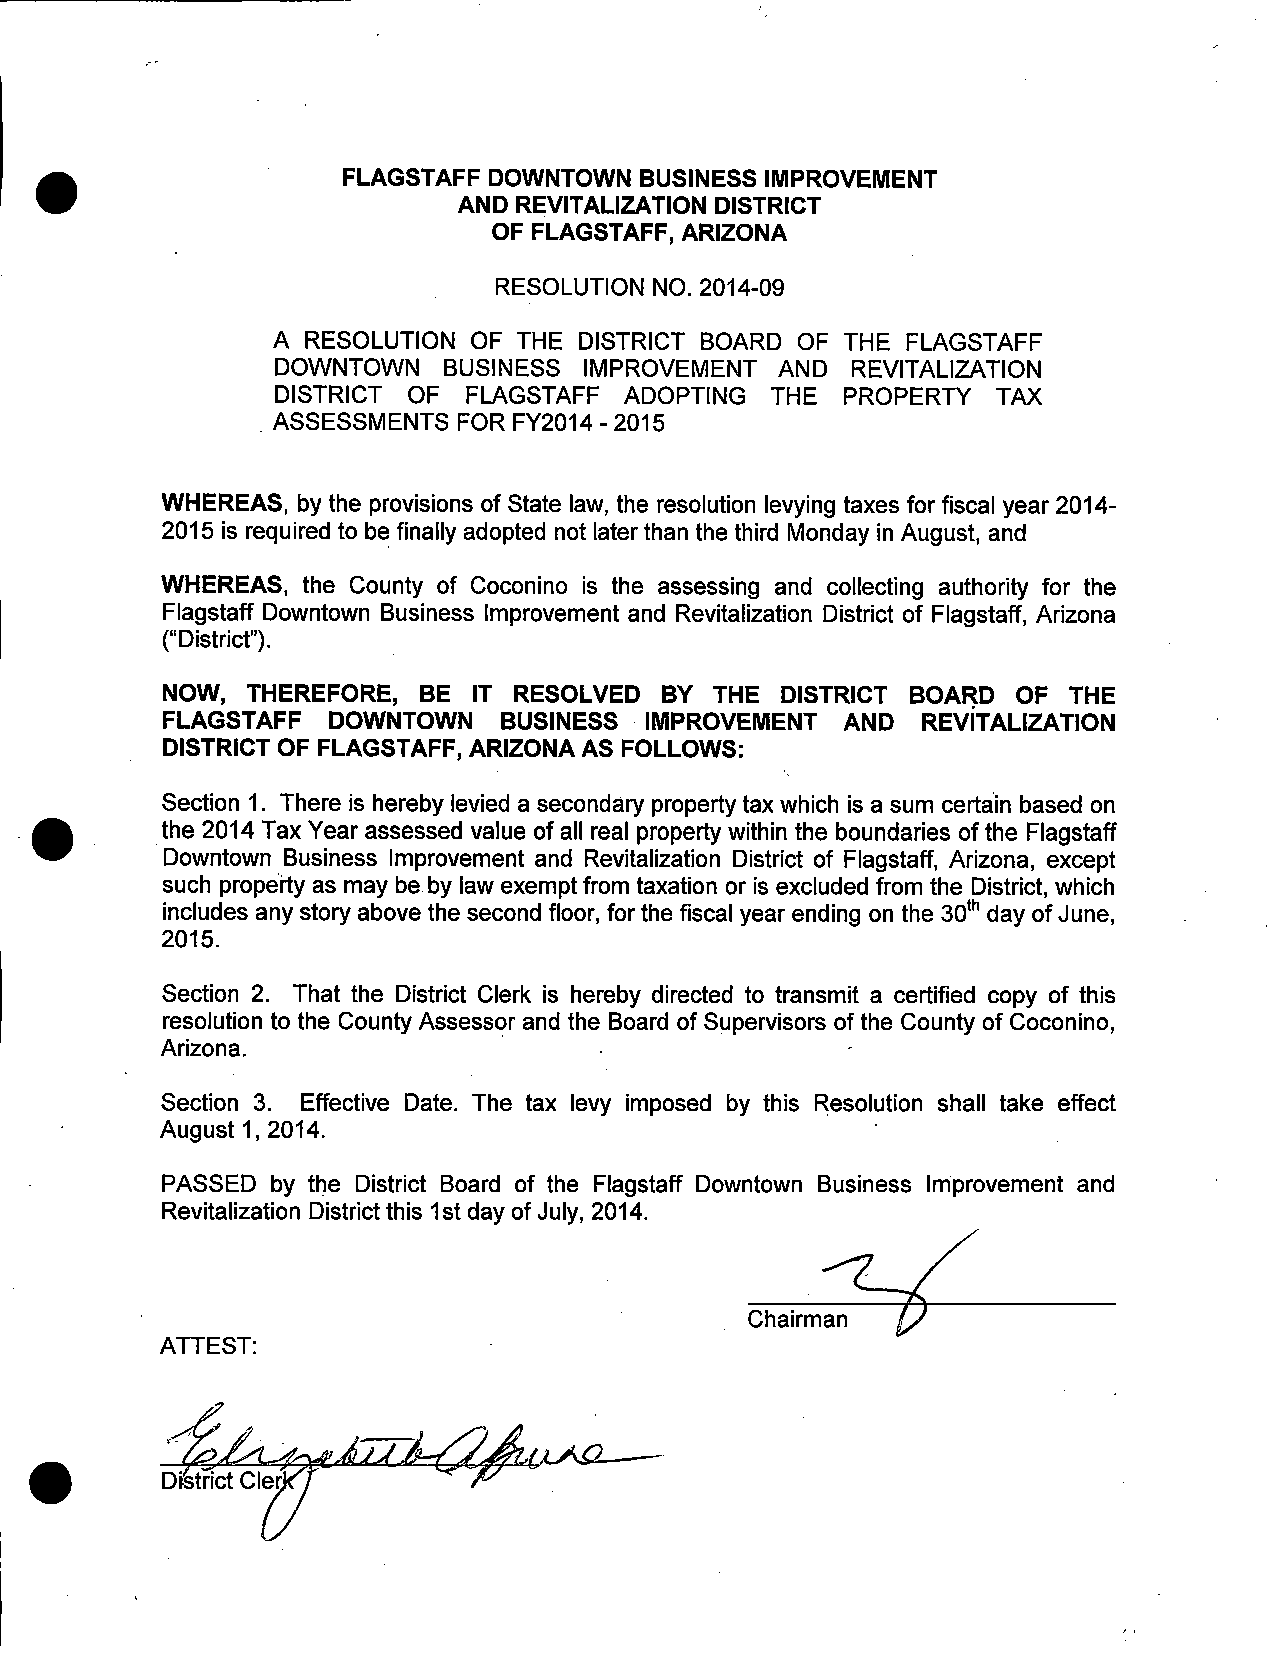
FLAGSTAFF DOWNTOWN BUSINESS IMPROVEMENT
 AND REVITALIZATION DISTRICT
 OF FLAGSTAFF, ARIZONA
 RESOLUTION NO. 2014 -09
 A RESOLUTION OF THE DISTRICT BOARD OF THE FLAGSTAFF
 DOWNTOWN   BUSINESS  IMPROVEMENT  AND REVITALIZATION
 DISTRICT OF  FLAGSTAFF ADOPTING  THE  PROPERTY  TAX
 ASSESSMENTS FOR FY2014 - 2015
 WHEREAS, by the provisions of State law, the resolution levying taxes for fiscal year 2014-
 2015 is required to be finally adopted not later than the third Monday in August, and
 WHEREAS, the County of Coconino is the assessing and collecting authority for the
 Flagstaff Downtown Business Improvement and Revitalization District of Flagstaff, Arizona
 District ").
 NOW, THEREFORE,  BE IT RESOLVED  BY THE  DISTRICT BOARD OF  THE
 FLAGSTAFF  DOWNTOWN   BUSINESS  IMPROVEMENT  AND  REVITALIZATION
 DISTRICT OF FLAGSTAFF, ARIZONA AS FOLLOWS:
 Section 1. There is hereby levied a secondary property tax which is a sum certain based on
 the 2014 Tax Year assessed value of all real property within the boundaries of the Flagstaff
 is
 Downtown Business Improvement and Revitalization District of Flagstaff, Arizona, except
 such property as may be by law exempt from taxation or is excluded from the District, which
 includes any story above the second floor, for the fiscal year ending on the 30th day ofJune,
 2015.
 Section 2. That the District Clerk is hereby directed to transmit a certified copy of this
 resolution to the County Assessor and the Board of Supervisors of the County of Coconino,
 Arizona.
 Section 3. Effective Date. The tax levy imposed by this Resolution shall take effect
 August 1, 2014.
 PASSED by the District Board of the Flagstaff Downtown Business Improvement and
 Revitalization District this 1st day of July, 2014.
 Chairman
 ATTEST:
 D6trict Cler